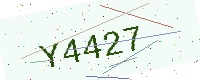
Text: Y4427